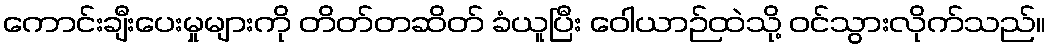
ကောင်းချီးပေးမှုများကို တိတ်တဆိတ် ခံယူပြီး ဝေါယာဉ်ထဲသို့ ဝင်သွားလိုက်သည်။